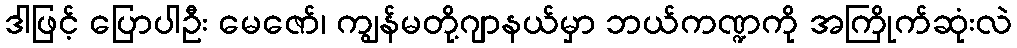
ဒါဖြင့် ပြောပါဦး မေဇော်၊ ကျွန်မတို့ဂျာနယ်မှာ ဘယ်ကဏ္ဍကို အကြိုက်ဆုံးလဲ